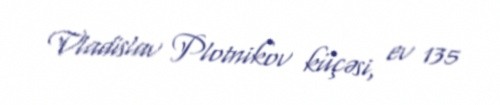
Vladislav Plotnikov küçəsi, ev 135